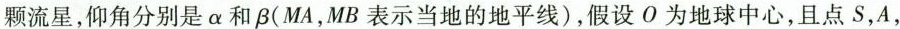
颗流星，仰角分别是α和β(MA，MB表示当地的地平线)，假设O为地球中心，且点S，A，